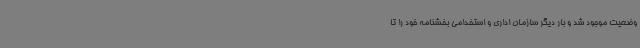
وضعیت موجود شد و بار دیگر سازمان اداری و استخدامی بخشنامه خود را تا